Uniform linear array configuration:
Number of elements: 32
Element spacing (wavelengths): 0.75
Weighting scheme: kaiser
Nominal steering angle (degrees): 30
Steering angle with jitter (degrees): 29.302
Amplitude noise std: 0.05
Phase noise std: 0.05

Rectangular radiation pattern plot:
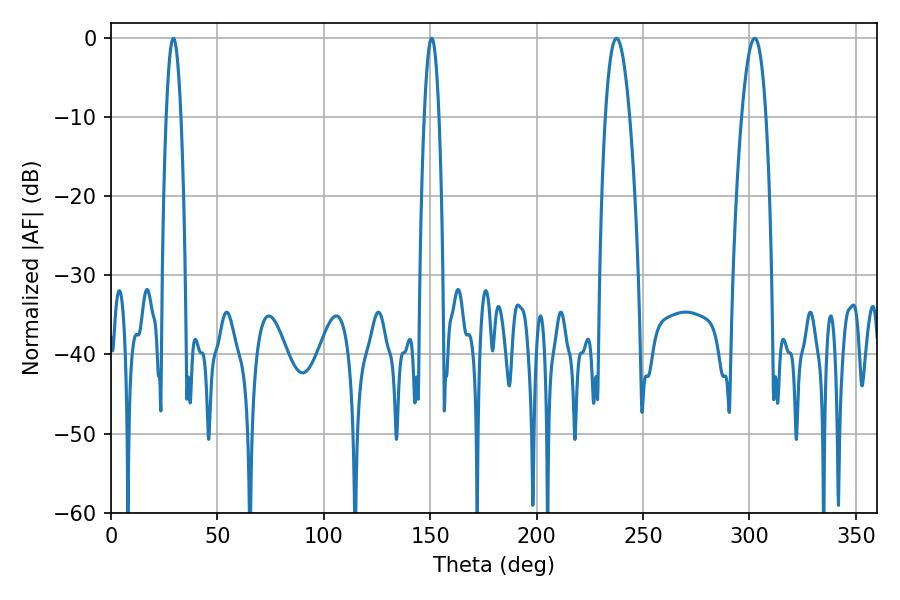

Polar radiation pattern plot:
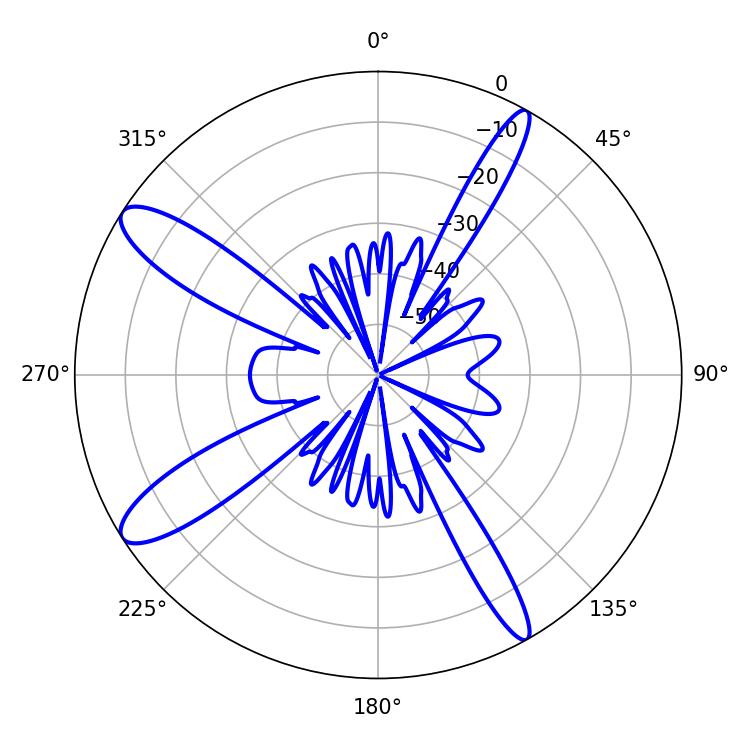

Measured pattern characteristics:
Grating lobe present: TRUE
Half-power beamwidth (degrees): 3.78
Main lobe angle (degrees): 29.34